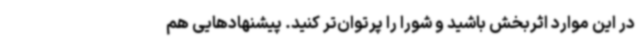
در این موارد اثربخش باشید و شورا را پرتوان‌تر کنید. پیشنهادهایی هم